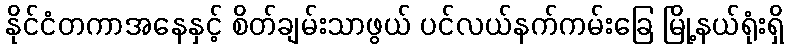
နိုင်ငံတကာအနေနှင့် စိတ်ချမ်းသာဖွယ် ပင်လယ်နက်ကမ်းခြေ မြို့နယ်ရုံးရှိ